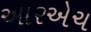
આરએચ